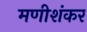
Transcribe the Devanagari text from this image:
मणीशंकर